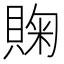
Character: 𰷈